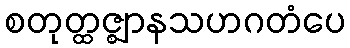
စတုတ္ထဇ္ဈာနသဟဂတံပေ